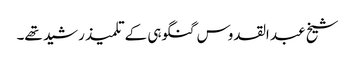
شیخ عبد القدوس گنگوہی کے تلمیذ رشید تھے۔